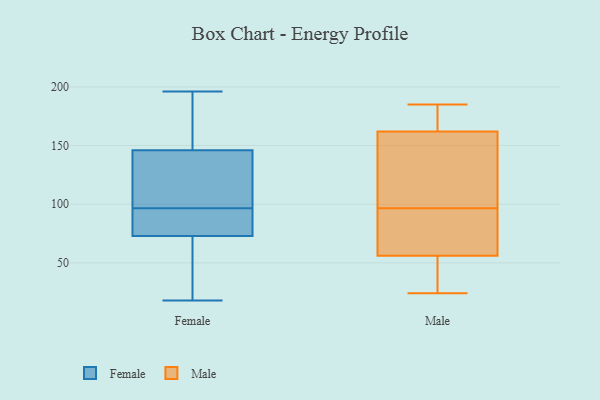
{"axis": {"x": "Revenue (USD Million)", "y": "Value"}, "legend": ["Female", "Male"], "data": [{"x": "", "y": 33, "type": "Female"}, {"x": "", "y": 94, "type": "Female"}, {"x": "", "y": 73, "type": "Female"}, {"x": "", "y": 31, "type": "Female"}, {"x": "", "y": 174, "type": "Female"}, {"x": "", "y": 82, "type": "Female"}, {"x": "", "y": 99, "type": "Female"}, {"x": "", "y": 18, "type": "Female"}, {"x": "", "y": 146, "type": "Female"}, {"x": "", "y": 126, "type": "Female"}, {"x": "", "y": 73, "type": "Female"}, {"x": "", "y": 147, "type": "Female"}, {"x": "", "y": 122, "type": "Female"}, {"x": "", "y": 20, "type": "Female"}, {"x": "", "y": 103, "type": "Female"}, {"x": "", "y": 196, "type": "Female"}, {"x": "", "y": 172, "type": "Female"}, {"x": "", "y": 89, "type": "Female"}, {"x": "", "y": 98, "type": "Male"}, {"x": "", "y": 35, "type": "Male"}, {"x": "", "y": 162, "type": "Male"}, {"x": "", "y": 106, "type": "Male"}, {"x": "", "y": 169, "type": "Male"}, {"x": "", "y": 39, "type": "Male"}, {"x": "", "y": 185, "type": "Male"}, {"x": "", "y": 60, "type": "Male"}, {"x": "", "y": 77, "type": "Male"}, {"x": "", "y": 60, "type": "Male"}, {"x": "", "y": 24, "type": "Male"}, {"x": "", "y": 95, "type": "Male"}, {"x": "", "y": 112, "type": "Male"}, {"x": "", "y": 177, "type": "Male"}, {"x": "", "y": 38, "type": "Male"}, {"x": "", "y": 169, "type": "Male"}, {"x": "", "y": 145, "type": "Male"}, {"x": "", "y": 56, "type": "Male"}]}